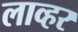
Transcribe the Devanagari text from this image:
लाव्हर